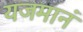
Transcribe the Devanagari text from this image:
यजमानं